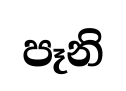
පෑනි